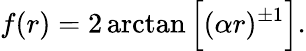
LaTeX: f(r)=2\arctan{\Bigl[(\alpha r)^{\pm 1}\Bigr]}.